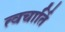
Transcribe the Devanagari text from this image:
त्वचार्ति